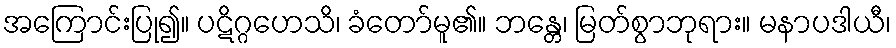
အကြောင်းပြု၍။ ပဋိဂ္ဂဟေသိ၊ ခံတော်မူ၏။ ဘန္တေ၊ မြတ်စွာဘုရား။ မနာပဒါယီ၊